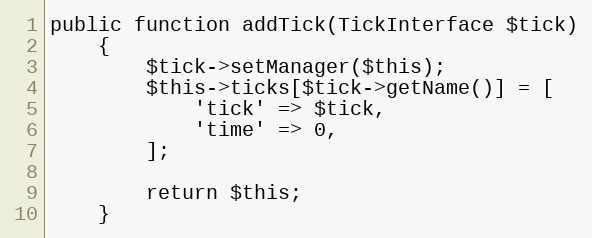
Language: PHP
public function addTick(TickInterface $tick)
    {
        $tick->setManager($this);
        $this->ticks[$tick->getName()] = [
            'tick' => $tick,
            'time' => 0,
        ];

        return $this;
    }